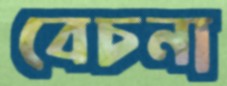
বেচনা